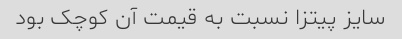
سایز پیتزا نسبت به قیمت آن کوچک بود